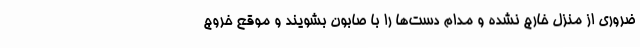
ضروری از منزل خارج نشده و مدام دست‌ها را با صابون بشویند و موقع خروج